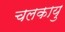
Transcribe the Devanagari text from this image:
चलकायु